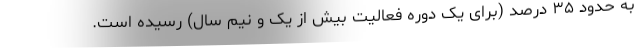
به حدود ۳۵ درصد (برای یک دوره فعالیت بیش از یک و نیم سال) رسیده است.